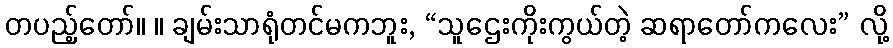
တပည့်တော်။ ။ ချမ်းသာရုံတင်မကဘူး, “သူဌေးကိုးကွယ်တဲ့ ဆရာတော်ကလေး” လို့